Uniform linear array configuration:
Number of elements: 64
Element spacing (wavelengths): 0.5
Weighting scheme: kaiser
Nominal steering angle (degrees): -30
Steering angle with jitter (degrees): -29.494
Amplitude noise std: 0.05
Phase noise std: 0.05

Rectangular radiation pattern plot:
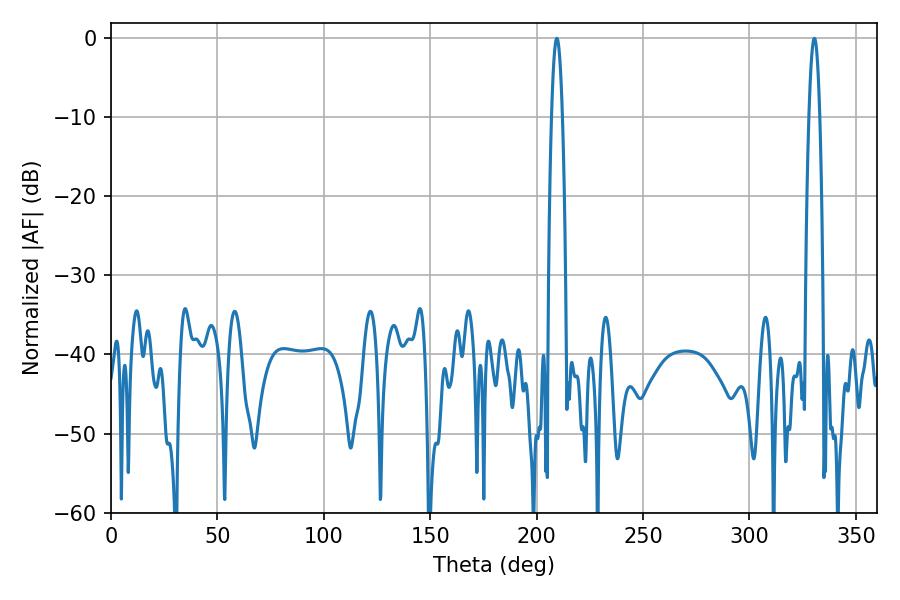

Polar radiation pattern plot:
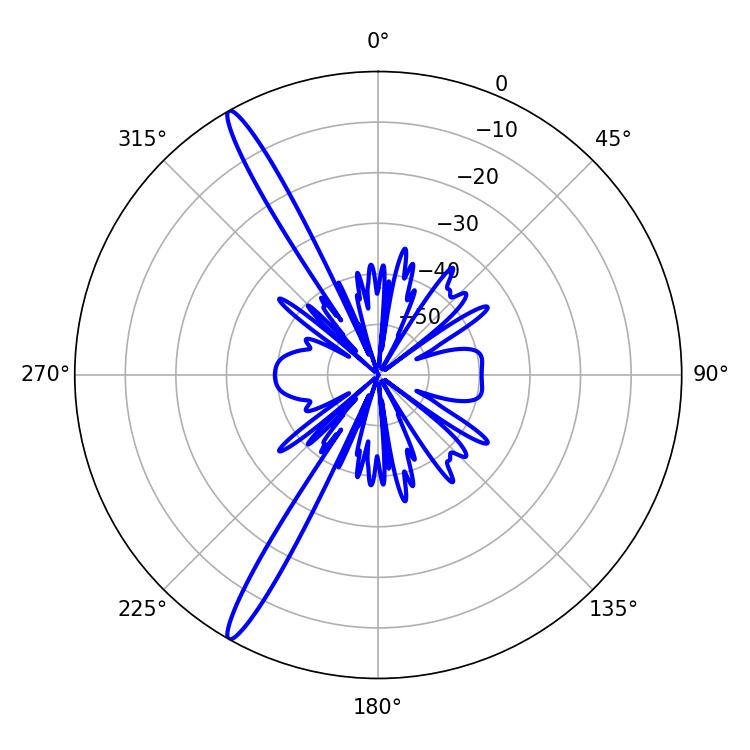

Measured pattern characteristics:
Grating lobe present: FALSE
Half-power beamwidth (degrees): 2.88
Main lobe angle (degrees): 330.48